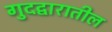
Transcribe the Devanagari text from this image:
गुदद्वारातील